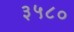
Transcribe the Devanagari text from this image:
३५८०